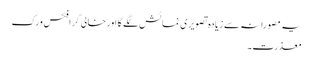
یہ مصورانہ سے زیادہ تصویری نمائش لگے گا اور خالی گرافکس ورک
معذرت۔